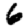
Digit: 6